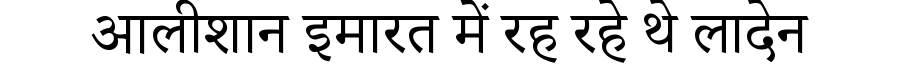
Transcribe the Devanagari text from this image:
आलीशान इमारत में रह रहे थे लादेन